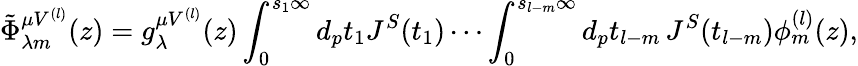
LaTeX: \tilde{\Phi}_{\lambda m}^{\mu V^{(l)}}(z)=g_{\lambda}^{\mu V^{(l)}}(z)\int_{0}^{s_{1}\infty}d_{p}t_{1}J^{S}(t_{1})\cdots\int_{0}^{s_{l-m}\infty}d_{p}t_{l-m}\, J^{S}(t_{l-m})\phi_{m}^{(l)}(z),